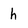
Character: h